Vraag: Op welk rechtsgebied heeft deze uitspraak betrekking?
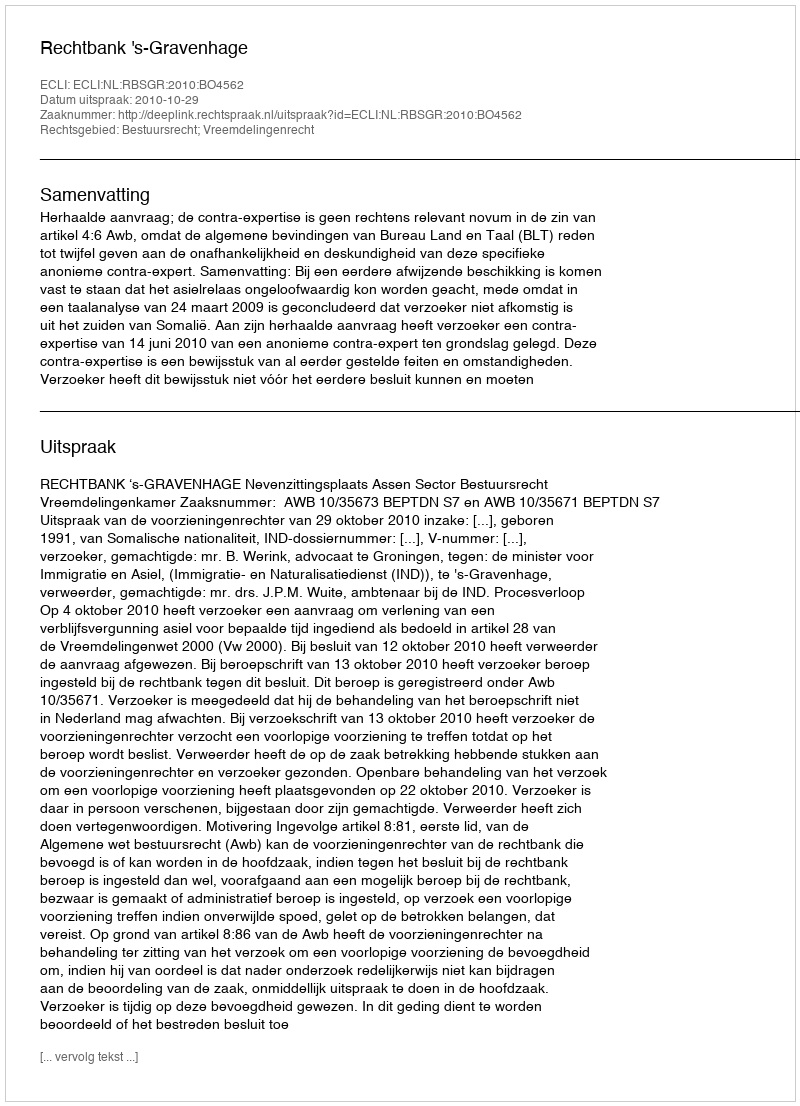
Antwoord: Bestuursrecht; Vreemdelingenrecht